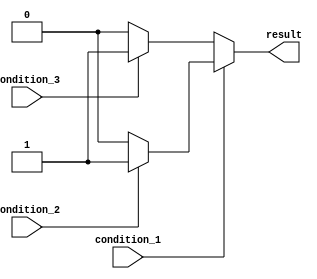
module nested_if_else (
    input wire condition_1,
    input wire condition_2,
    input wire condition_3,
    output reg result
);

always @ (condition_1, condition_2, condition_3)
begin
    if (condition_1)
    begin
        if (condition_2)
        begin
            result <= 1'b1; // if condition_1 and condition_2 are true
        end
        else
        begin
            result <= 1'b0; // if condition_1 is true but condition_2 is false
        end
    end
    else
    begin
        if (condition_3)
        begin
            result <= 1'b1; // if condition_1 is false and condition_3 is true
        end
        else
        begin
            result <= 1'b0; // if condition_1 and condition_3 are false
        end
    end
end

endmodule